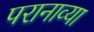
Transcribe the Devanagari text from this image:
परानाव्या